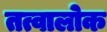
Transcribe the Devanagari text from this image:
तत्वालोक